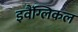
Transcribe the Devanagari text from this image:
इवैंग्लिकल